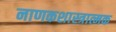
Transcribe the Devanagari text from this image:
नाणकशास्त्रात्मक